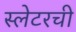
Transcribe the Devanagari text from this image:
स्लेटरची